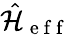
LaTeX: \hat{\mathcal{H}}_{\mathrm{~e~f~f~}}